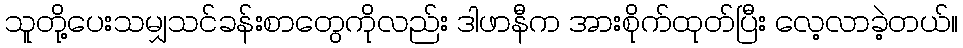
သူတို့ပေးသမျှသင်ခန်းစာတွေကိုလည်း ဒါဖာနီက အားစိုက်ထုတ်ပြီး လေ့လာခဲ့တယ်။